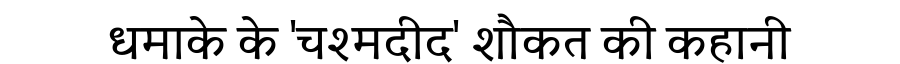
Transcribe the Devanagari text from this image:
धमाके के 'चश्मदीद' शौकत की कहानी